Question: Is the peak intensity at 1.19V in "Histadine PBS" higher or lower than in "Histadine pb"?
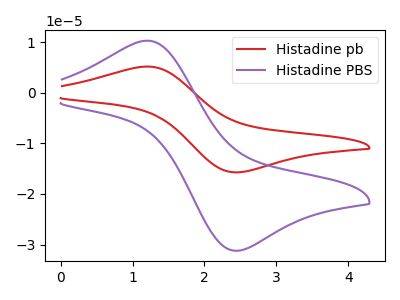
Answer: <think>The red curve "Histadine pb" has an anodic peak at (1.20V, 5.20uA) and a cathodic peak at (2.45V, -15.70uA). The purple curve "Histadine PBS" has an anodic peak at (1.20V, 10.30uA) and a cathodic peak at (2.45V, -31.20uA).</think>
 <answer>The peak at 1.19V is higher in "Histadine PBS" than in "Histadine pb".</answer>
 <eval>higher</eval>